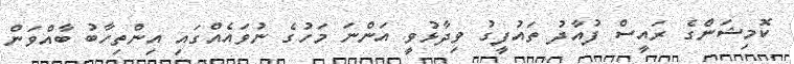
ކޮމިޝަންގެ ރައީސް ފުއާދު ތައުފީގު ވިދާޅުވީ އަންނަ މަހުގެ ނުވައެއްގައި އިންތިހާބު ބާއްވަން